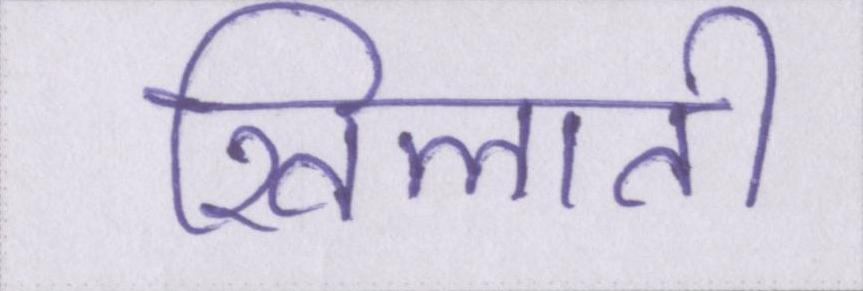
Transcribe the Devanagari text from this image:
खिलाती